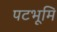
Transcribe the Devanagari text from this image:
पटभूमि